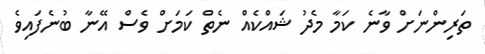
ތަރިންނަށް ވާނެ ކަމާ މެދު ޝައްކެއް ނެތް ކަމަށް ވެސް އޭނާ ބުނެފައިވެ